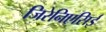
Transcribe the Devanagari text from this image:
जिरेनिएसिई